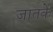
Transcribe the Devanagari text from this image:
जातके